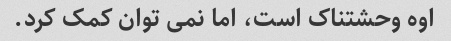
اوه وحشتناک است، اما نمی توان کمک کرد.